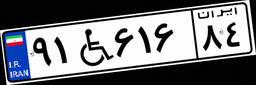
۹۱W۶۱۶۸۴